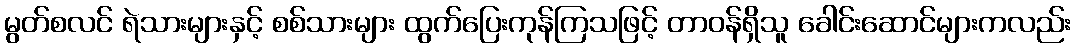
မွတ်စလင် ရဲသားများနှင့် စစ်သားများ ထွက်ပြေးကုန်ကြသဖြင့် တာဝန်ရှိသူ ခေါင်းဆောင်များကလည်း